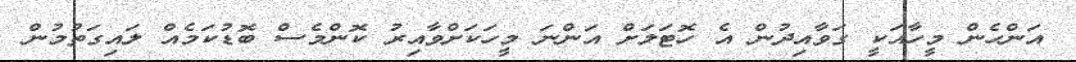
އަންހެން މީހާއަކީ ގަވާއިދުން އެ ހޮޓަލަށް އަންނަ މީހަކަށްވާއިރު ކޮންމެސް ބޮޑުކަމެއް ލައިގަތުމުން